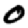
Digit: 0